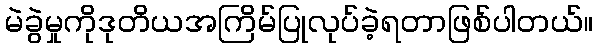
မဲခွဲမှုကိုဒုတိယအကြိမ်ပြုလုပ်ခဲ့ရတာဖြစ်ပါတယ်။